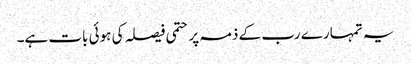
یہ تمہارے رب کے ذمہ پر حتمی فیصلہ کی ہوئی بات ہے۔